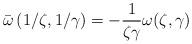
LaTeX: \begin{align*}\bar{\omega}\left(1/\zeta,1/\gamma \right)=-\frac{1}{\zeta \gamma}\omega(\zeta,\gamma)\end{align*}